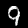
Digit: 9